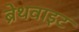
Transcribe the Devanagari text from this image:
ब्रेथवाइट